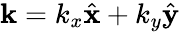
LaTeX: \textbf{k}=k_{x}\hat{\textbf{x}}+k_{y}\hat{\textbf{y}}